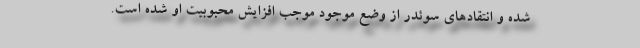
شده و انتقادهای سوئدر از وضع موجود موجب افزایش محبوبیت او شده است.